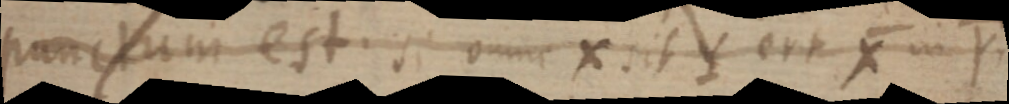
punctum est. si omne X sit Y erit X in Y.